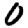
Digit: 0